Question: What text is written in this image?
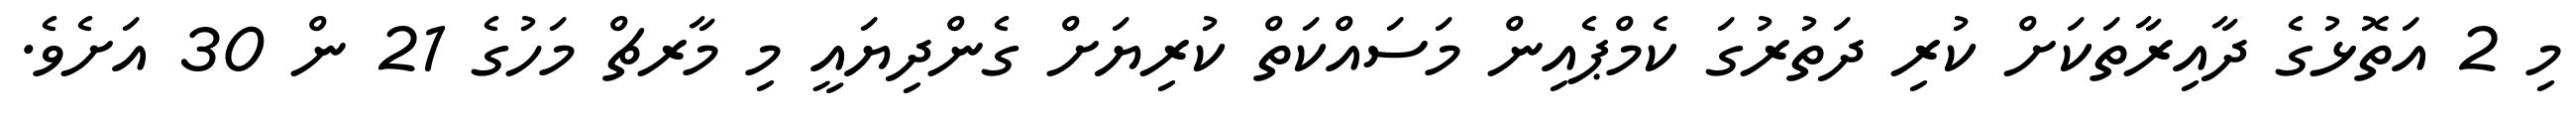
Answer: މި 2 އަތޮޅުގެ ދާއިރާތަކަށް ކުރި ދަތުރުގަ ކެމްޕެއިން މަސައްކަތް ކުރިޔަށް ގެންދިޔައީ މި މާރޗް މަހުގެ 21 ން 30 އަށެވެ.